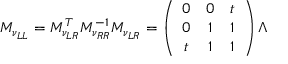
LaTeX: M _ { \nu _ { L L } } = M _ { \nu _ { L R } } ^ { T } M _ { \nu _ { R R } } ^ { - 1 } M _ { \nu _ { L R } } = \left( \begin{array} { c c c } { { 0 } } & { { 0 } } & { { t } } \\ { { 0 } } & { { 1 } } & { { 1 } } \\ { { t } } & { { 1 } } & { { 1 } } \end{array} \right) \Lambda